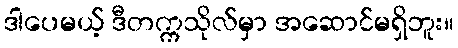
ဒါပေမယ့် ဒီတက္ကသိုလ်မှာ အဆောင်မရှိဘူး။